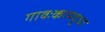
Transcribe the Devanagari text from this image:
गावःकामदुधा